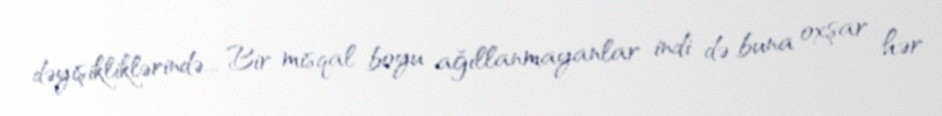
dəyişikliklərində... Bir misqal boyu ağıllanmayanlar indi də buna oxşar hər